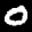
Label: 0